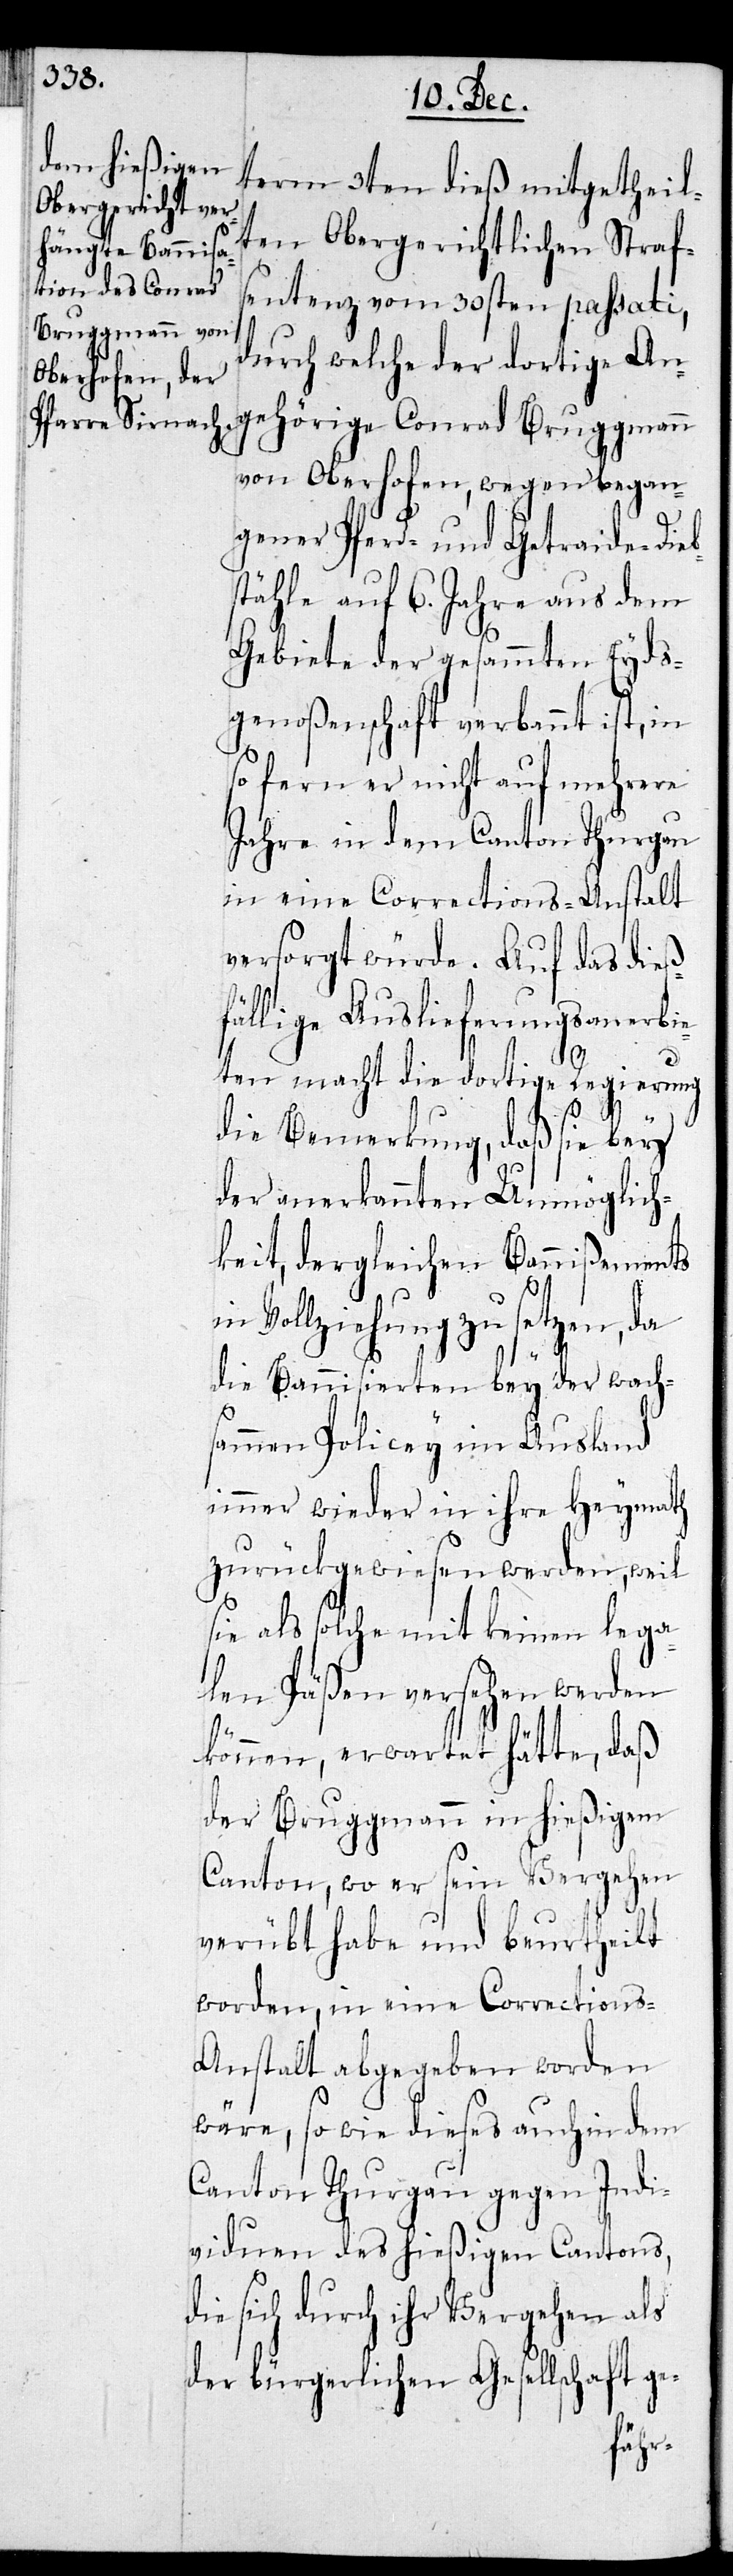
term 3ten dieß mitgetheil¬
ten Obergerichtlichen Straf¬
sentenz vom 30sten passati,
Bruggmann
durch welche der dortige An¬
von Oberhofen, wegen began¬
gener Pferde- und Getreidedieb¬
stähle auf 6. Jahre aus dem
Gebiete der gesammten Eyds¬
genoßenschaft verbannt ist, in
so fern er nicht auf mehrere
Jahre in dem Canton Thurgau
in eine Corrections-Anstalt
versorgt würde. Auf das dieß¬
fällige Auslieferungsanerbi¬
eten macht die dortige Regierung
die Bemerkung, daß sie bey
der anerkannten Unmöglich¬
keit, dergleichen Bannißements
Vollziehung zu setzen, da
die Bannisierten bey der wach¬
samen Polizey im Ausland
immer wieder in ihre Heymath
zurückgewiesen werden, weil
sie als solche mit keinen lega¬
len Päßen versehen werden
können, erwartet hätte, daß
der Bruggmann in hießigem
Canton, wo er sein Vergehen
verübt habe und beurtheilt
worden, in eine Corrections-A¬
nstalt abgegeben worden
wäre, so wie dieses auch in dem
Canton Thurgau gegen Indi¬
viduen des hießigen Cantons,
die sich durch ihr Vergehen als
der bürgerlichen Gesellschaft ge-
rige